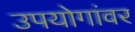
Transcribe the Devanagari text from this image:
उपयोगांवर